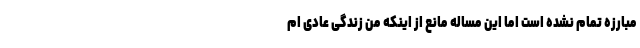
مبارزه تمام نشده است اما این مساله مانع از اینکه من زندگی عادی ام